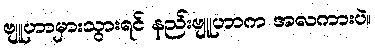
ဗျူဟာမှားသွားရင် နည်းဗျူဟာက အလကားပဲ။